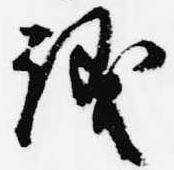
議